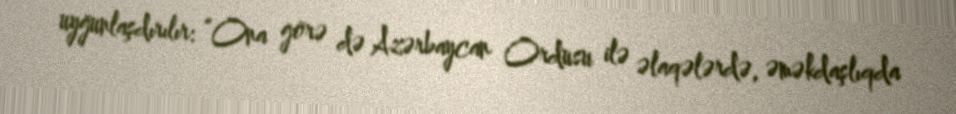
uyğunlaşdırılır: “Ona görə də Azərbaycan Ordusu ilə əlaqələrdə, əməkdaşlıqda